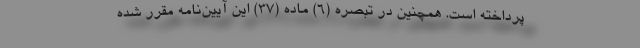
پرداخته است. همچنین در تبصره (۶) ماده (۳۷) این آیین‌نامه مقرر شده